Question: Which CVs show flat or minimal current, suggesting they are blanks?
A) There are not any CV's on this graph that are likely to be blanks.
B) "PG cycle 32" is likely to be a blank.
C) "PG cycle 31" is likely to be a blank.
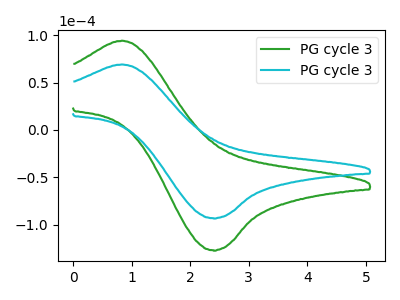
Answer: <think>The green curve "PG cycle 31" has an anodic peak at (0.85V, 94.35uA) and a cathodic peak at (2.40V, -127.05uA). The cyan curve "PG cycle 32" has an anodic peak at (0.85V, 69.25uA) and a cathodic peak at (2.40V, -93.20uA).</think>
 <answer>A) There are not any CV's on this graph that are likely to be blanks.</answer>
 <eval>A</eval>